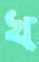
খ